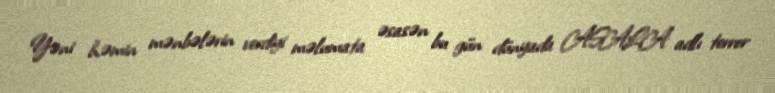
Yəni həmin mənbələrin verdiyi məlumata əsasən bu gün dünyada ASALA adlı terror